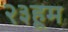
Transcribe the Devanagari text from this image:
२३हूम